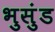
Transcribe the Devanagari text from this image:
भुसुंड